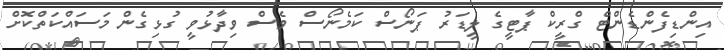
އިންޑިފެންޑެންޓް ގްރީކް ޕާޓީގެ ލީޑަރު ޕަނޯސް ކަމެނޯސް ވެސް ވިދާޅުވީ ގުޅިގެން މަސައްކަތްކޮށް